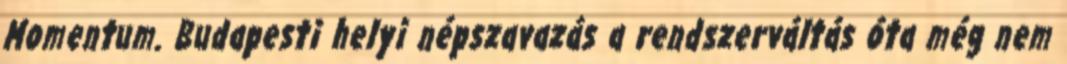
Momentum. Budapesti helyi népszavazás a rendszerváltás óta még nem